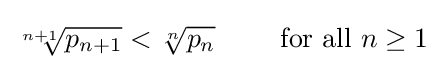
{\sqrt[{n+1}]{p_{n+1}}}<{\sqrt[{n}]{p_{n}}}\qquad {\text{ for all }}n\geq 1